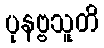
ပုနဗ္ဗသူတိ